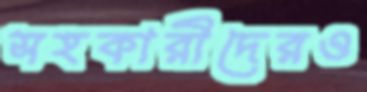
সহকারীদেরও